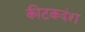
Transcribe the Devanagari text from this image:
कीटकदंश